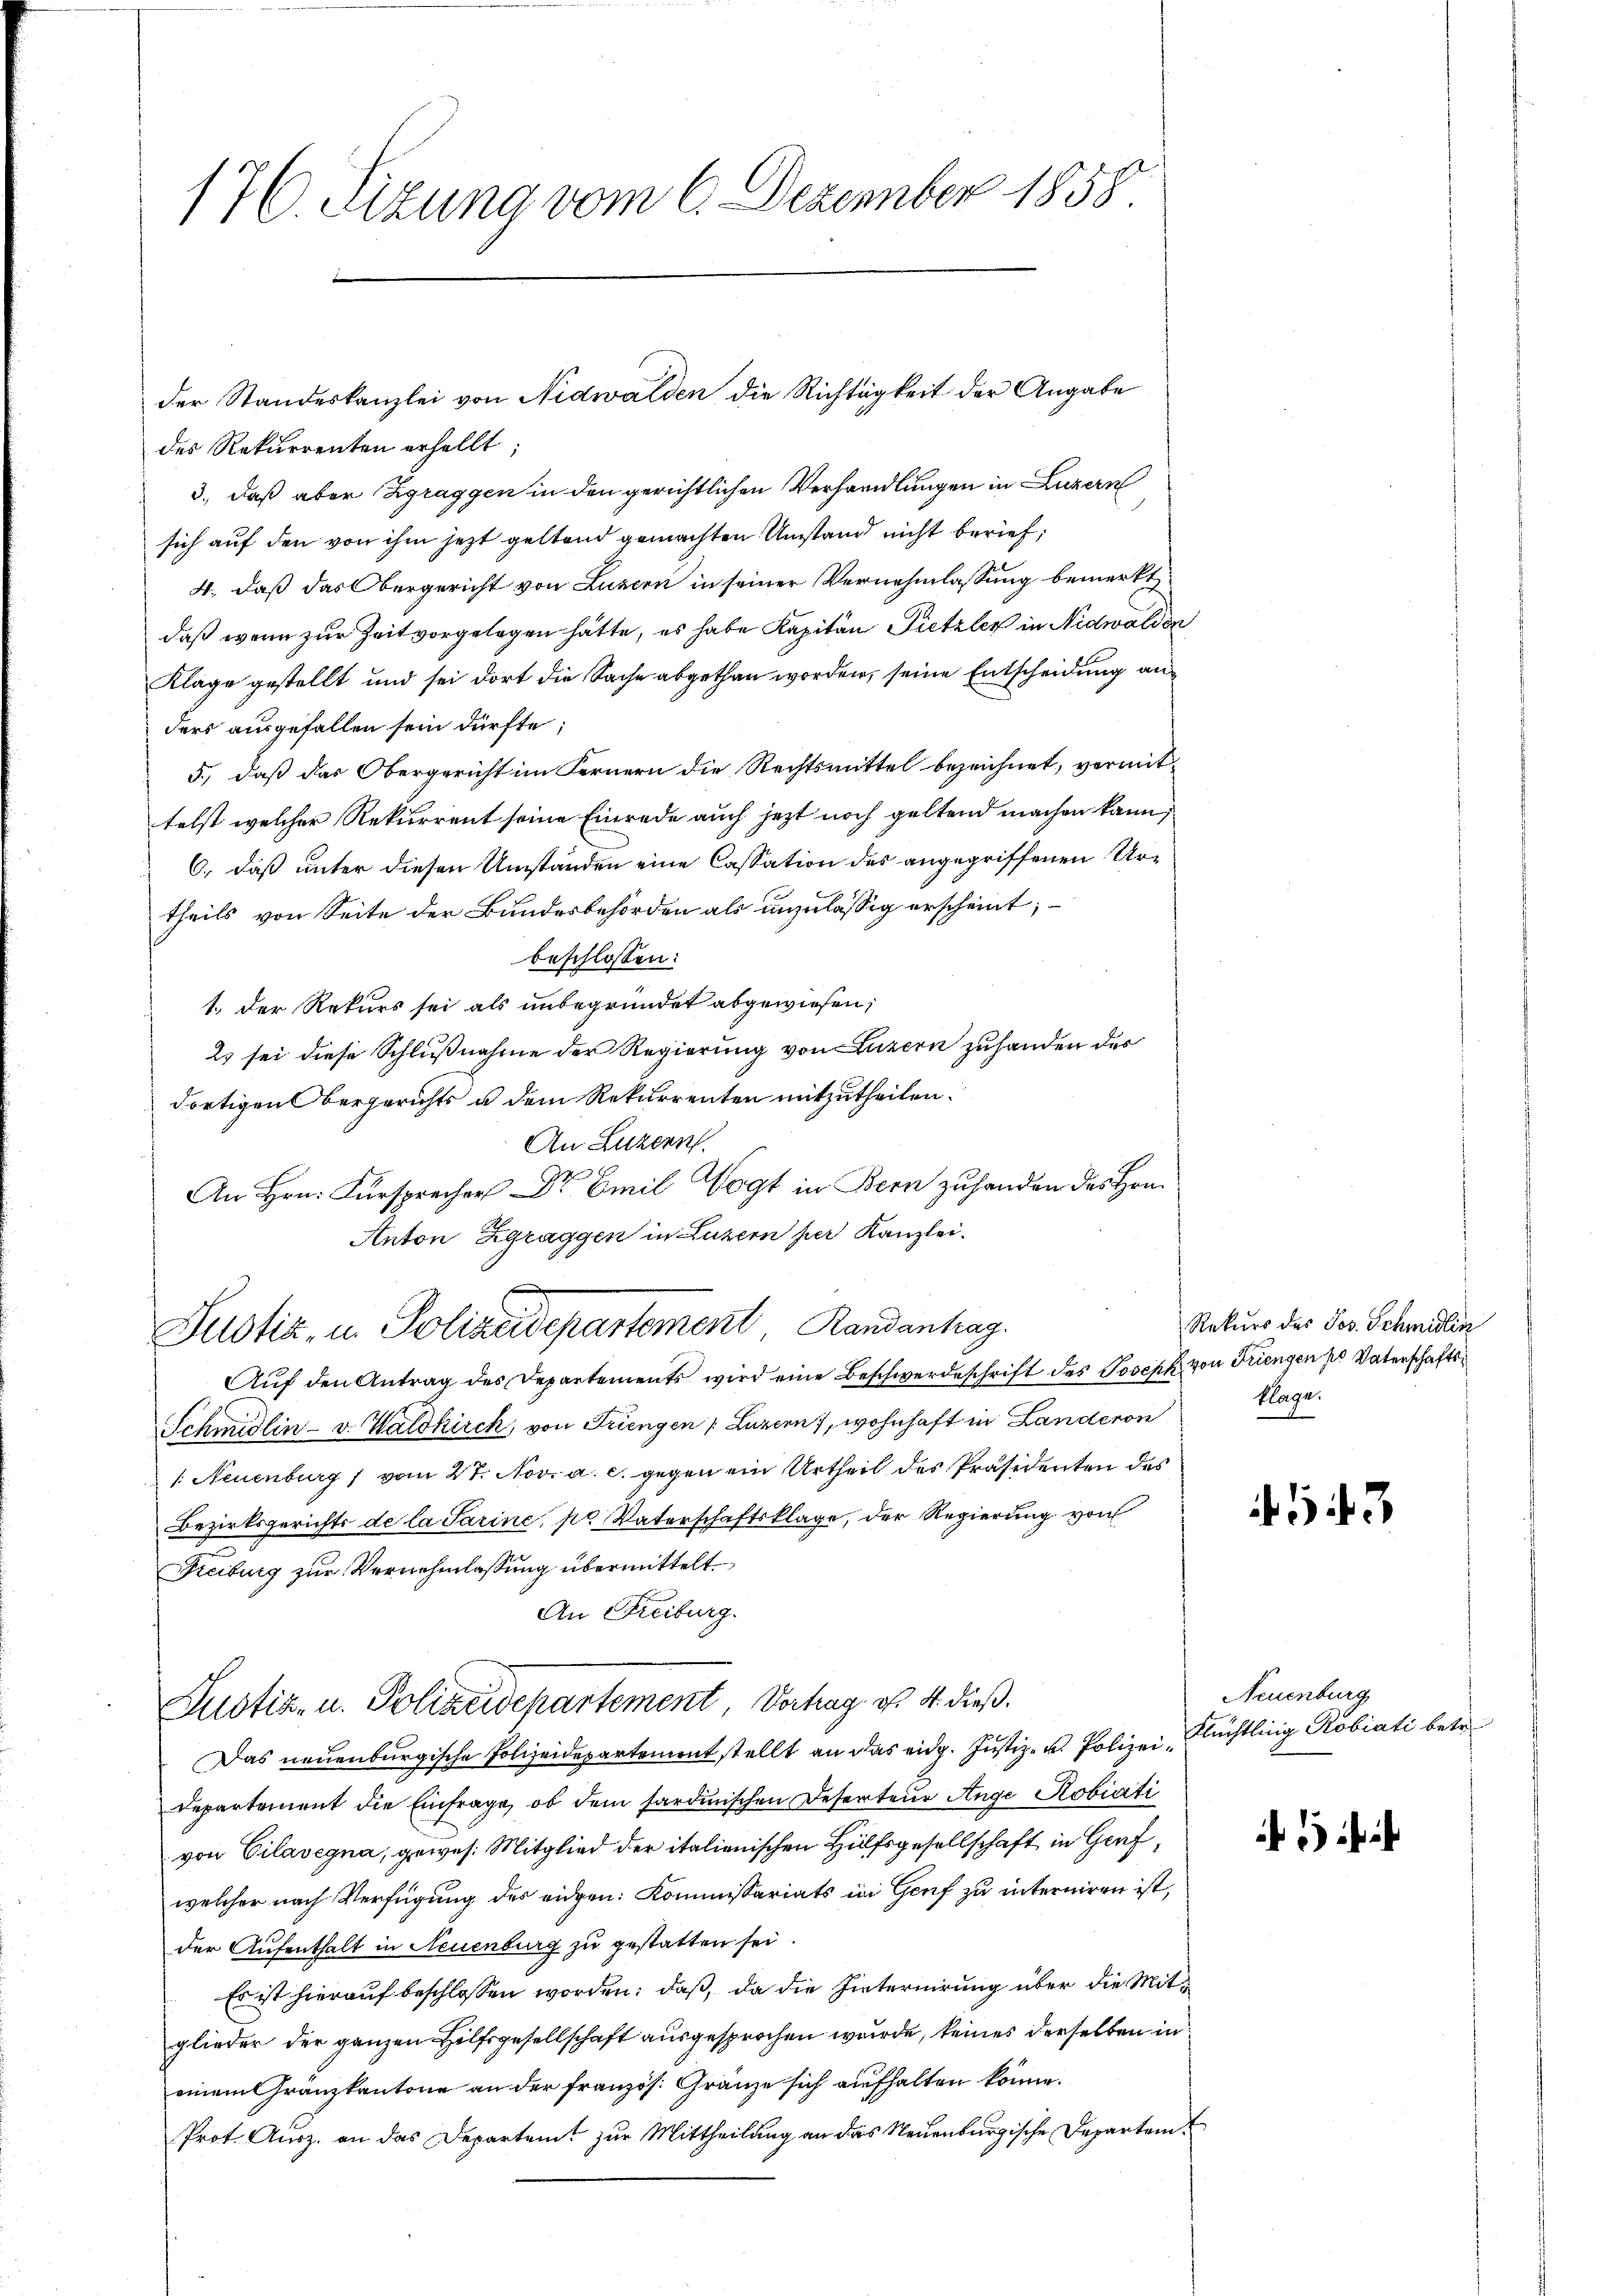
176. Sizung vom 6. Dezember 1858.

des Rekurrenten erhellt
3., daß aber Zgraggen in den gerichtlichen Verhandlungen in Luzern
sich auf den von ihm jezt geltend gemachten Umstand nicht berief,
4. daß das Obergericht von Luzern in seiner Vernehmlassung bemerkt,
daß wenn zur Zeit vorgelegen hätte, es habe Kapitän Pietzler in Nidwalden
Klage gestellt und sei dort die Sache abgethan worden, seine Entscheidung anders ausgefallen sein dürfte;
5., daß das Obergericht im Fernern die Rechtsmittel bezeichnet, vermittelst welcher Rekurrent seine Einrede auch jetzt noch geltend machen kann,
6., daß unter diesen Umständen eine Cassation des angegriffenen Urtheils von Seite der Bundesbehörden als unzulässig erscheint;
beschlossen:
1.) Der Rekurs sei als unbegründet abgewiesen;
2) sei diese Schlußnahme der Regierung von Luzern zuhanden der
dortigen Obergerichts u dem Rekurrenten mitzutheilen.
An Luzern.
e
An Hrn. Fürsprecher Dr Emil Vogt in Bern zuhanden des Hrn.
Anton Zgraggen in Luzern per Kanzlei.
Justiz, u. Polizeidepartement Randanhag
Auf den Antrag des Departements wird eine Beschwerdeschrift des Joseph von Triengen pr Vaterschafts¬
Schmidlin- v. Waldkirch, von Jungen Luzern, wohnhaft in Landeron
/: Neuenburg 1 vom 27. Nov. a. c. gegen ein Urtheil des Präsidenten des
Bezirksgerichts de la Sarine, pr Vaterschaftsklage, der Regierung von
Freiburg zur Vernehmlassung übermittelt.
An Freiburg.
Justiz- u. Polizeidepartement, Vorhag es 4. dieß¬
Das neuenburgische Polizeidepartement stellt an das eidg. Justiz- u. Polizei Flüchtling Köbiati betr.
Departement die Einfrage, ob dem sardinischen Deserteur Ange Kobiati
von Cilavegna, gewes. Mitglied der italienischen Hülfsgesellschaft in Genf,
welcher nach Verfügung des eidgen: Kommissariats in Genf zu interniren ist,
der Aufenthalt in Neuenburg zu gestatten sei
Es ist hierauf beschlossen worden; daß, da die hinternirung über die Mitglieder der ganzen Hilfsgesellschaft ausgesprochen wurde, keines derselben in
einem Gränzkantone an der französ. Gränze sich aufhalten könne.
Prot. Ausz. an das Departeit zur Mittheilung an das Neuenburgische Departem¬

der Standeskanzlei von Nidwalden die Richtigkeit der Angabe

Rekurs des Jos. Schmidlin
klage.

13

Neuenburg